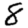
Digit: 8